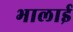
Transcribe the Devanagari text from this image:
भालाई